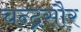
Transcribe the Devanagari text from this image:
चन्द्रसौर